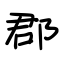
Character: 郡